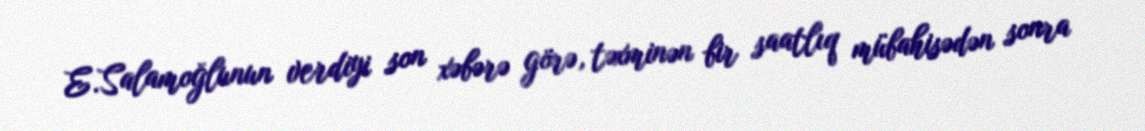
E.Salamoğlunun verdiyi son xəbərə görə, təxminən bir saatlıq mübahisədən sonra